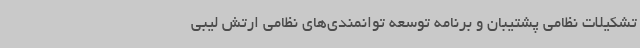
تشکیلات نظامی پشتیبان و برنامه توسعه توانمندی‌های نظامی ارتش لیبی